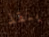
ينقذ